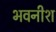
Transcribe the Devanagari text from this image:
भवनीश